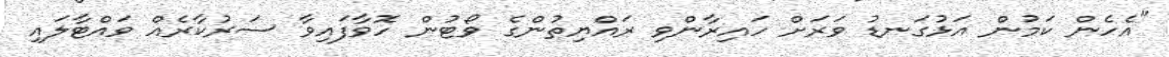
"އެހެން ކަމުން އަޅުގަނޑު ވަރަށް ހައިރާންވި ރައްޔިތުންގެ ވޯޓުން ހޮވާފައިވާ ސަރުކާރެއް ވައްޓާލައި